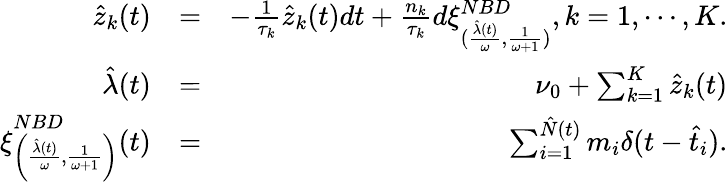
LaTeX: \begin{array}{rlr}{\hat{z}_{k}(t)}&{=}&{-\frac{1}{\tau_{k}}\hat{z}_{k}(t)dt+\frac{n_{k}}{\tau_{k}}d\xi_{(\frac{\hat{\lambda}(t)}{\omega},\frac{1}{\omega+1})}^{NBD},k=1,\cdots,K.}\\ {\hat{\lambda}(t)}&{=}&{\nu_{0}+\sum_{k=1}^{K}\hat{z}_{k}(t)}\\ {\xi_{\left(\frac{\hat{\lambda}(t)}{\omega},\frac{1}{\omega+1}\right)}^{NBD}(t)}&{=}&{\sum_{i=1}^{\hat{N}(t)}m_{i}\delta(t-\hat{t}_{i}).}\end{array}